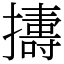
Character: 𢷬